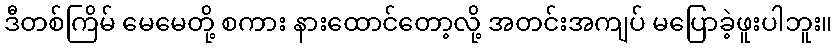
ဒီတစ်ကြိမ် မေမေတို့ စကား နားထောင်တော့လို့ အတင်းအကျပ် မပြောခဲ့ဖူးပါဘူး။